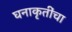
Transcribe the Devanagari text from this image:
घनाकृतींचा